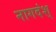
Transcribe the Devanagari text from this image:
नागदंश्